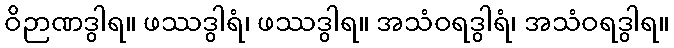
ဝိဉာဏဒွါရ။ ဖဿဒွါရံ၊ ဖဿဒွါရ။ အသံဝရဒွါရံ၊ အသံဝရဒွါရ။